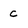
Character: c